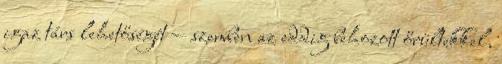
igaz társ lehetőségét — szemben az eddig behozott őrültekkel,